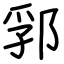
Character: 郛